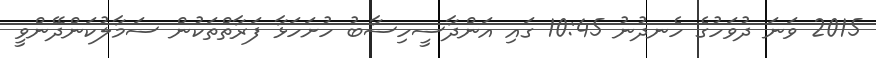
2015 ވަނަ ދުވަހުގެ ހެނދުނު 10:45 ގައި އަންދާސީހިސާބު ހުށަހަޅާ ފަރާތްތަކުން ސަމާލުކަންދޭންވީ